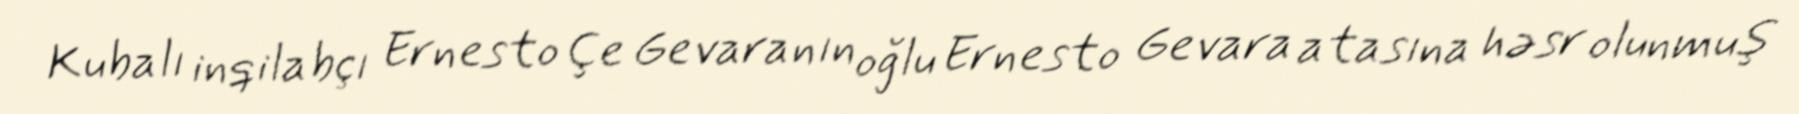
Kubalı inqilabçı Ernesto Çe Gevaranın oğlu Ernesto Gevara atasına həsr olunmuş